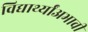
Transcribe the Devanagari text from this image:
विद्यार्थ्यांअभावी